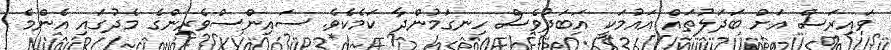
ވައިރަސް އަށް ބަދަލުތައް އައުމަކީ އަބަދުވެސް ހިނގަމުންދާ ކަމެކެވެ. ސައިންސްވެރިންގެ މެދުގައި އެންމެ